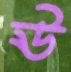
ঊ